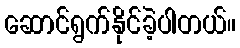
ဆောင်ရွက်နိုင်ခဲ့ပါတယ်။